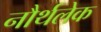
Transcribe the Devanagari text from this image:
नौर्थलेक